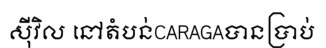
ស៊ីវិល នៅតំបន់CARAGAបានប្រាប់